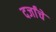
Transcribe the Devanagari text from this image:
दर्जांचे